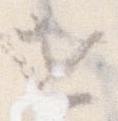
世